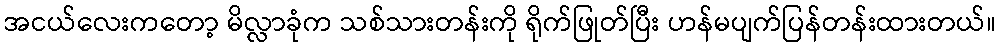
အငယ်လေးကတော့ မိလ္လာခုံက သစ်သားတန်းကို ရိုက်ဖြုတ်ပြီး ဟန်မပျက်ပြန်တန်းထားတယ်။